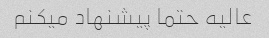
عالیه حتما پیشنهاد میکنم